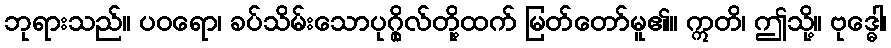
ဘုရားသည်။ ပဝရော၊ ခပ်သိမ်းသောပုဂ္ဂိုလ်တို့ထက် မြတ်တော်မူ၏။ ဣတိ၊ ဤသို့။ ဗုဒ္ဓေါ၊